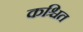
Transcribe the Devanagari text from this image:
कश्चित